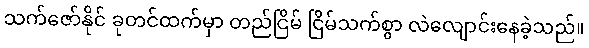
သက်ဇော်နိုင် ခုတင်ထက်မှာ တည်ငြိမ် ငြိမ်သက်စွာ လဲလျောင်းနေခဲ့သည်။